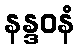
နန္ဒဝနံ